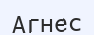
Агнес